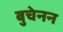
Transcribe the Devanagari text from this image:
बुचेनन